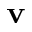
\mathbf { v }